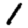
Digit: 1